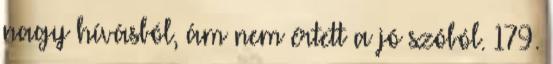
nagy hívásból, ám nem értett a jó szóból. 179.